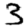
Digit: 3